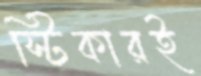
স্টিকারই